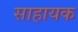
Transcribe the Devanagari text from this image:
साहायक